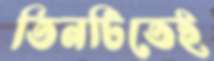
তিনটিতেই